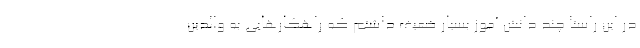
در این راستا چند دانش آموز بسیار ضعیف داشتم که راهکارهایی به والدین